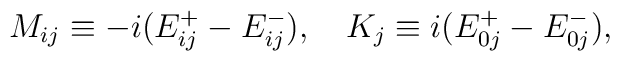
M_{ij}\equiv-i(E^+_{ij}-E^-_{ij}),\quad K_j\equiv i(E^+_{0j}-E^-_{0j}),